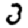
Digit: 3